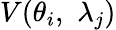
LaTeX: V({\theta_{i}},\, \, {\lambda_{j}})